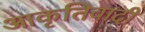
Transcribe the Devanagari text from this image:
आकृतिवादी